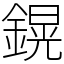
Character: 鎤